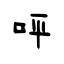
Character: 呯